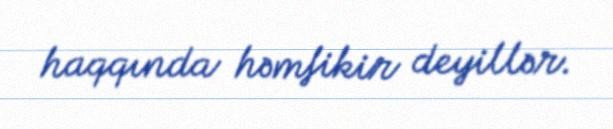
haqqında həmfikir deyillər.